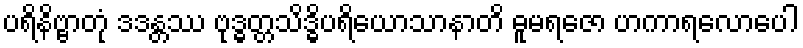
ပရိနိဗ္ဗာတုံ ဒဒန္တဿ ဗုဒ္ဓတ္တသိဒ္ဓိပရိယောသာနာတိ ဓူမရဇော ဟကာရလောပေါ